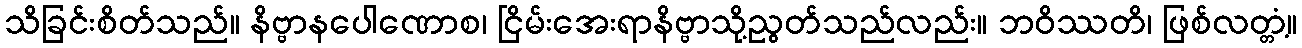
သိခြင်းစိတ်သည်။ နိဗ္ဗာနပေါဏောစ၊ ငြိမ်းအေးရာနိဗ္ဗာသို့ညွတ်သည်လည်း။ ဘဝိဿတိ၊ ဖြစ်လတ္တံ့။